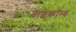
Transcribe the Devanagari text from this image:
वाइकॉम्ब